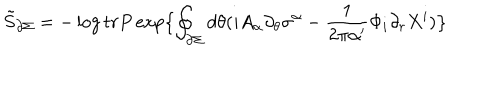
LaTeX: \tilde { S } _ { \partial \Sigma } = - \log t r P \exp \bigl \lbrace \oint _ { \partial \Sigma } d \theta ( i A _ { \alpha } \partial _ { \theta } \sigma ^ { \alpha } - \frac { 1 } { 2 \pi \alpha ^ { \prime } } \Phi _ { i } \partial _ { r } X ^ { i } ) \bigr \rbrace